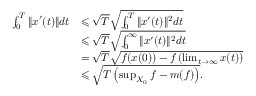
\begin{array} { r l } { \int _ { 0 } ^ { T } \| x ^ { \prime } ( t ) \| d t } & { \leqslant \sqrt { T } \sqrt { \int _ { 0 } ^ { T } \| x ^ { \prime } ( t ) \| ^ { 2 } d t } } \\ & { \leqslant \sqrt { T } \sqrt { \int _ { 0 } ^ { \infty } \| x ^ { \prime } ( t ) \| ^ { 2 } d t } } \\ & { = \sqrt { T } \sqrt { f ( x ( 0 ) ) - f \left( \operatorname* { l i m } _ { t \rightarrow \infty } x ( t ) \right) } } \\ & { \leqslant \sqrt { T \left( \operatorname* { s u p } _ { X _ { 0 } } f - m ( f ) \right) } . } \end{array}